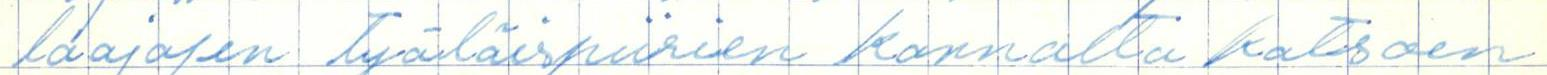
laajojen työläispiirien kannalta katsoen